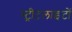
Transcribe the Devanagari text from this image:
स्‍ट्रीटलाइटों